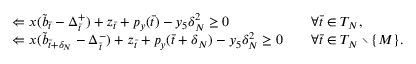
\begin{array} { r l r l } & { \Leftarrow x ( \tilde { b } _ { \bar { t } } - \Delta _ { \bar { t } } ^ { + } ) + z _ { \bar { t } } + p _ { y } ( \bar { t } ) - y _ { 5 } \delta _ { N } ^ { 2 } \geq 0 } & & { \forall \bar { t } \in T _ { N } , } \\ & { \Leftarrow x ( \tilde { b } _ { \bar { t } + \delta _ { N } } - \Delta _ { \bar { t } } ^ { - } ) + z _ { \bar { t } } + p _ { y } ( \bar { t } + \delta _ { N } ) - y _ { 5 } \delta _ { N } ^ { 2 } \geq 0 } & & { \forall \bar { t } \in T _ { N } \setminus \{ M \} . } \end{array}